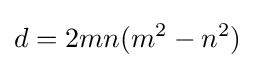
d=2mn(m^{2}-n^{2})